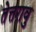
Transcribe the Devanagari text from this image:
तेत्तरावु